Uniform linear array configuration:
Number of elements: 32
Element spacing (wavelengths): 0.5
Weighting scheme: hann
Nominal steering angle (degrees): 15
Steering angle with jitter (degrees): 14.709
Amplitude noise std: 0.05
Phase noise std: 0.05

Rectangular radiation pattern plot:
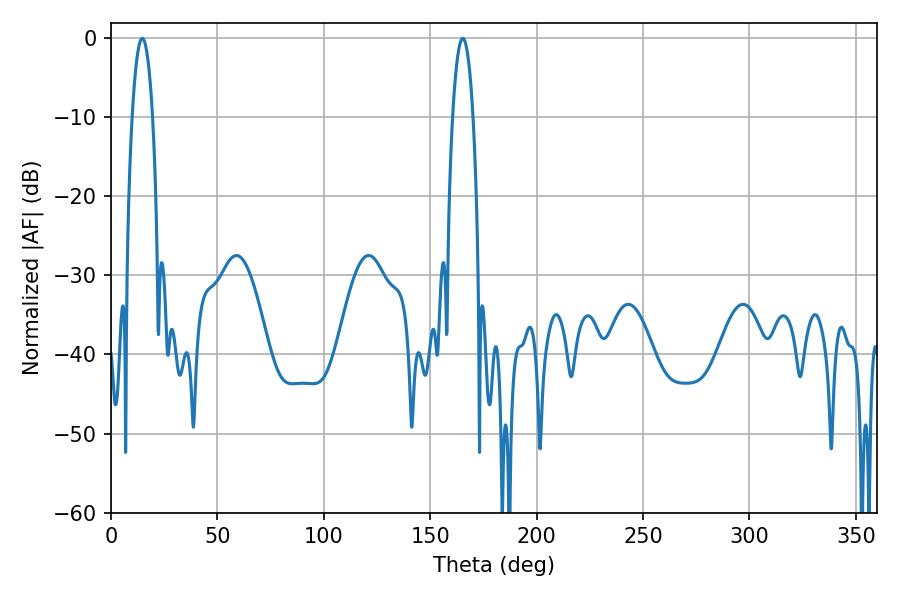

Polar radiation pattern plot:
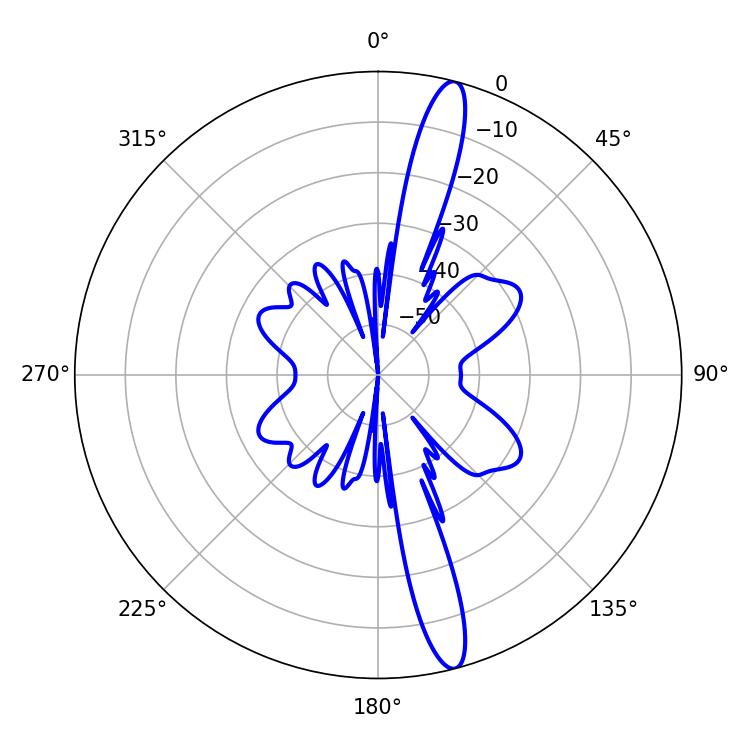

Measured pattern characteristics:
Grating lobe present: FALSE
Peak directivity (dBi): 15.9
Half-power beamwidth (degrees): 5.22
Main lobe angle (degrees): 14.76